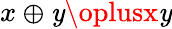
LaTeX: x\oplus\mathit{y}\oplusx\mathit{y}